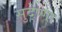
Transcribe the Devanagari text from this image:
सुदे्ष्णा